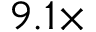
9 . 1 \times